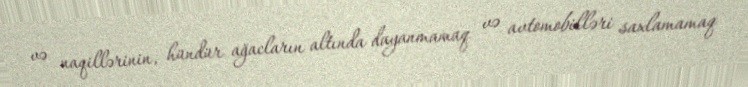
və naqillərinin, hündür ağacların altında dayanmamaq və avtomobilləri saxlamamaq